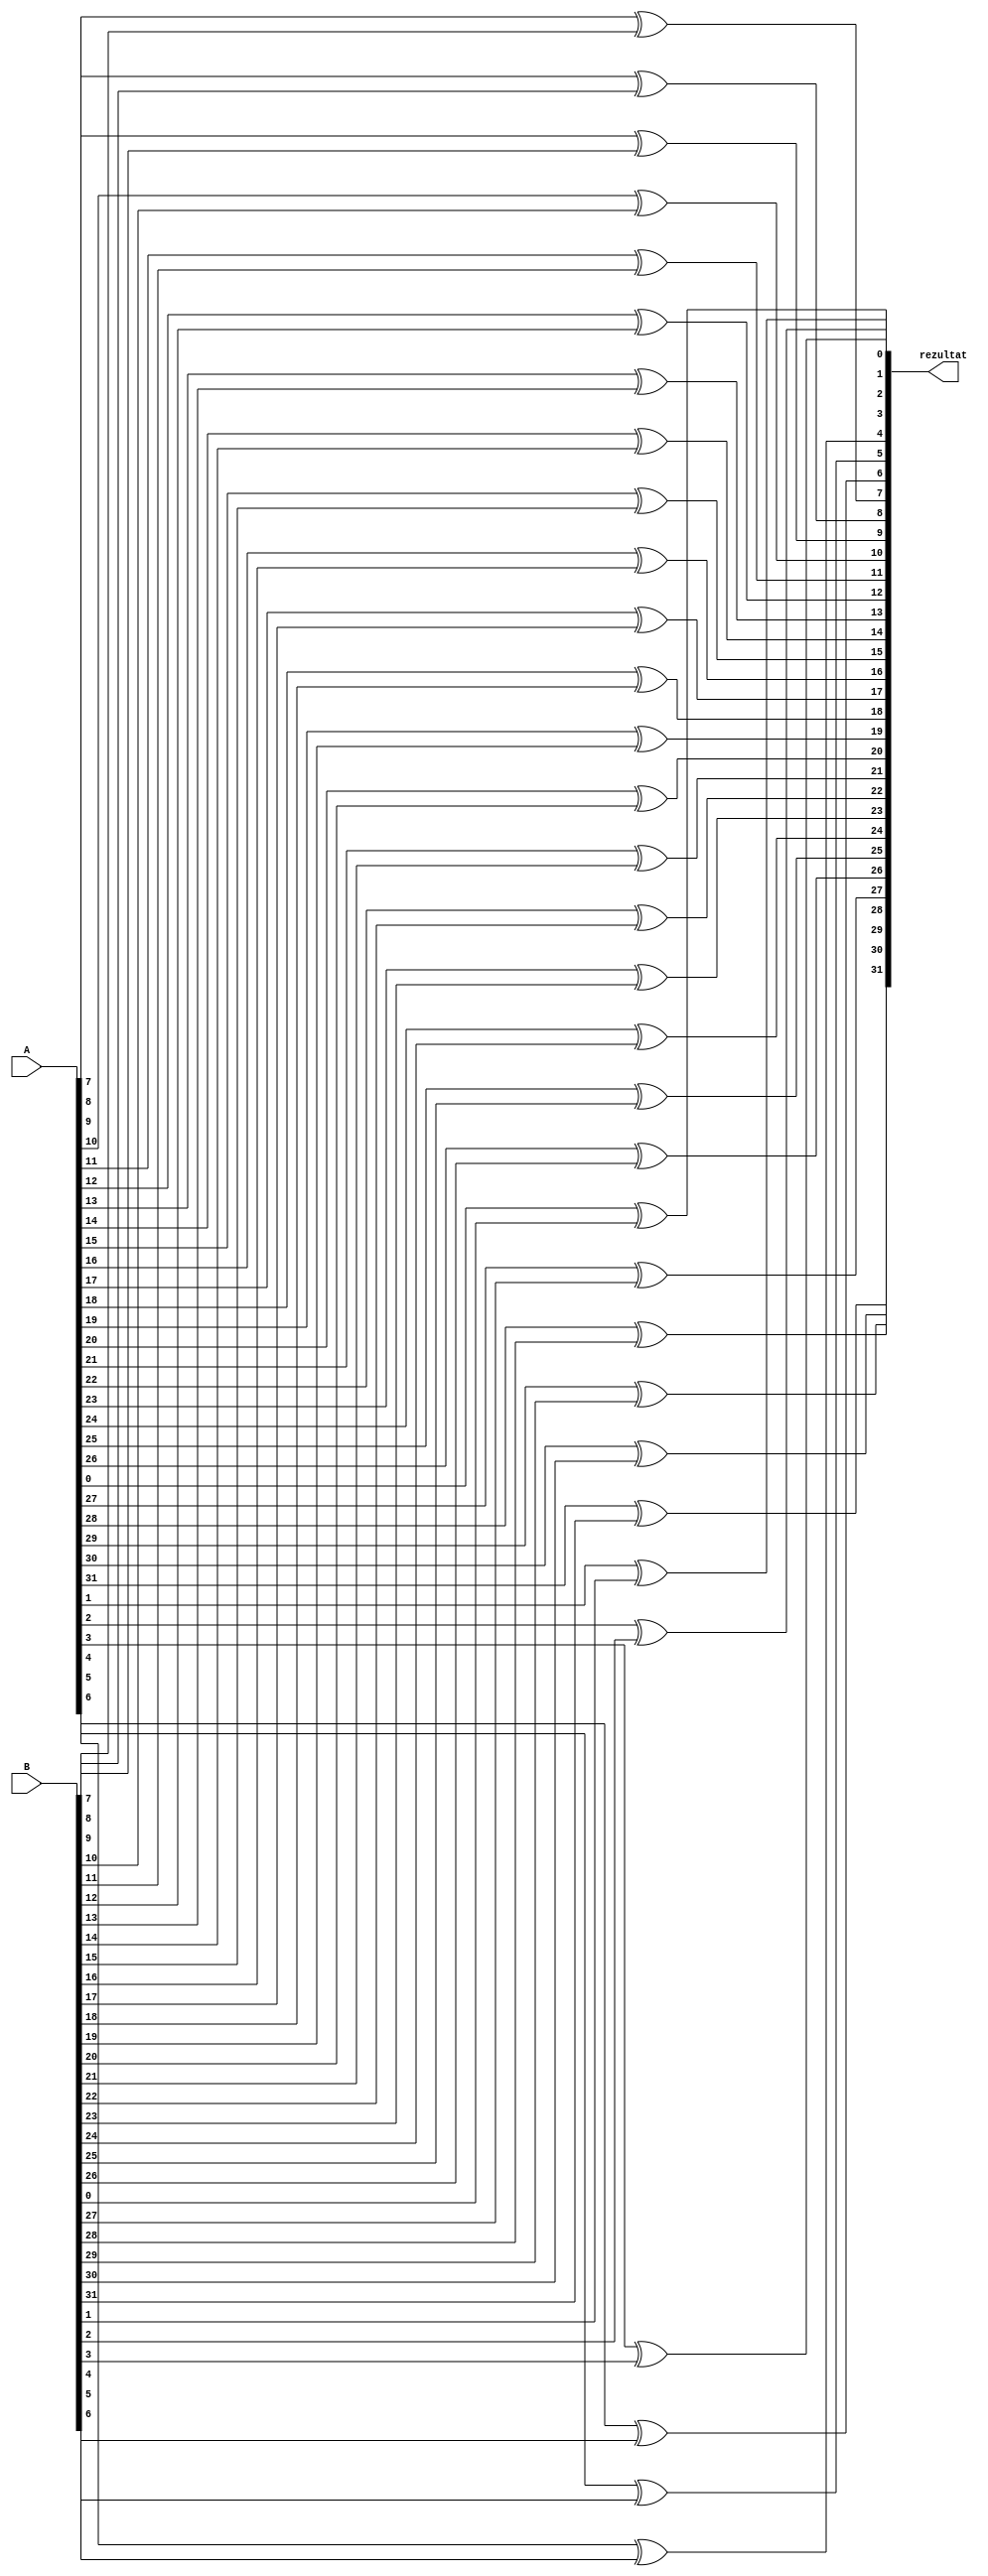
module XOR(
    input [31:0] A,
    input [31:0] B,
    output reg[31:0] rezultat
);

integer i;

always @(*) begin
    for(i = 0; i < 32; i = i + 1) begin
        rezultat[i] = A[i] ^ B[i];
    end
end

endmodule